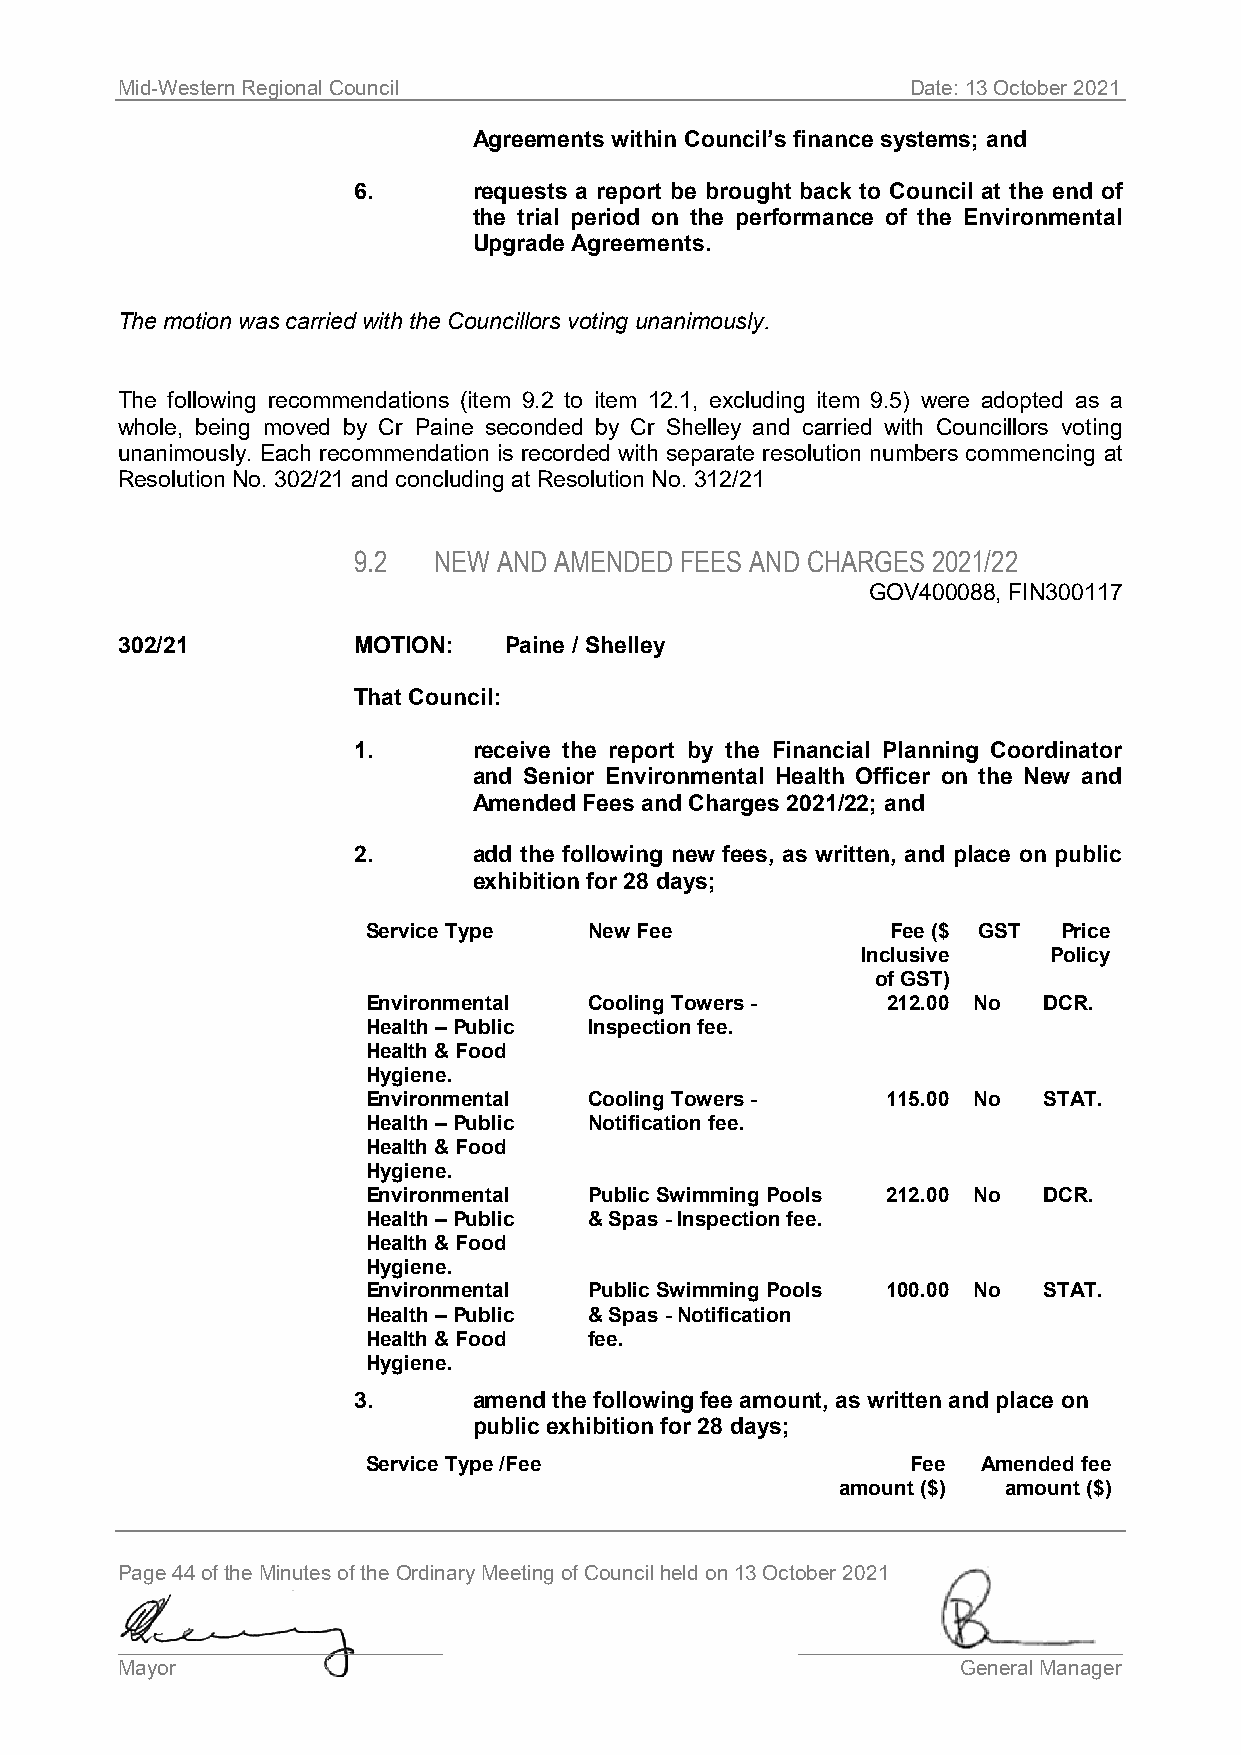
Mid-Western Regional Council                        Date: 13 October 2021
 Agreements within Council’s finance systems; and
 6.      requests a report be brought back to Council at the end of
 the trial period on the performance of the Environmental
 Upgrade Agreements.
 The motion was carried with the Councillors voting unanimously.
 The following recommendations (item 9.2 to item 12.1, excluding item 9.5) were adopted as a
 whole, being moved by Cr Paine seconded by Cr Shelley and carried with Councillors voting
 unanimously. Each recommendation is recorded with separate resolution numbers commencing at
 Resolution No. 302/21 and concluding at Resolution No. 312/21
 9.2   NEW AND AMENDED FEES AND CHARGES 2021/22
 GOV400088, FIN300117
 302/21         MOTION:   Paine / Shelley
 That Council:
 1.      receive the report by the Financial Planning Coordinator
 and Senior Environmental Health Officer on the New and
 Amended Fees and Charges 2021/22; and
 2.      add the following new fees, as written, and place on public
 exhibition for 28 days;
 Service Type   New Fee             Fee ($ GST Price
 Inclusive   Policy
 of GST)
 Environmental  Cooling Towers -    212.00 No DCR.
 Health – Public Inspection fee.
 Health & Food
 Hygiene.
 Environmental  Cooling Towers -    115.00 No STAT.
 Health – Public Notification fee.
 Health & Food
 Hygiene.
 Environmental  Public Swimming Pools 212.00 No DCR.
 Health – Public & Spas - Inspection fee.
 Health & Food
 Hygiene.
 Environmental  Public Swimming Pools 100.00 No STAT.
 Health – Public & Spas - Notification
 Health & Food  fee.
 Hygiene.
 3.      amend the following fee amount, as written and place on
 public exhibition for 28 days;
 Service Type /Fee                   Fee  Amended fee
 amount ($) amount ($)
 Page 44 of the Minutes of the Ordinary Meeting of Council held on 13 October 2021
 ____________________________                 ____________________________
 Mayor                                                   General Manager